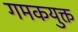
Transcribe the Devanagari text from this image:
गमकयुक्त